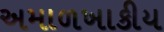
અમાળખાકીય